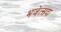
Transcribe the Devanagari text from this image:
भजेत्सदा